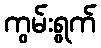
ကွမ်းရွက်